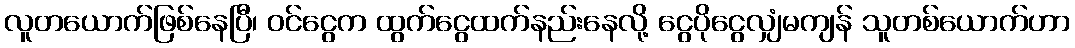
လူတယောက်ဖြစ်နေပြီ၊ ဝင်ငွေက ထွက်ငွေထက်နည်းနေလို့ ငွေပိုငွေလျှံမကျန် သူတစ်ယောက်ဟာ